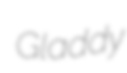
Gladdy